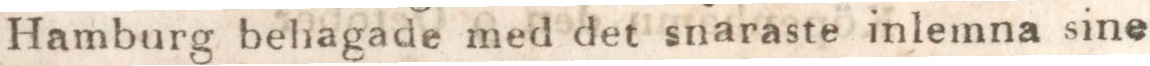
Hamburg behagade med det snaraste inlemna sine